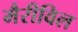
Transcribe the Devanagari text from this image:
मैरीविल